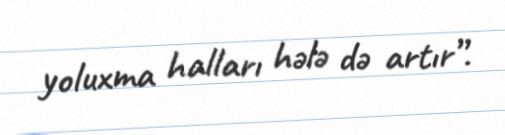
yoluxma halları hələ də artır”.